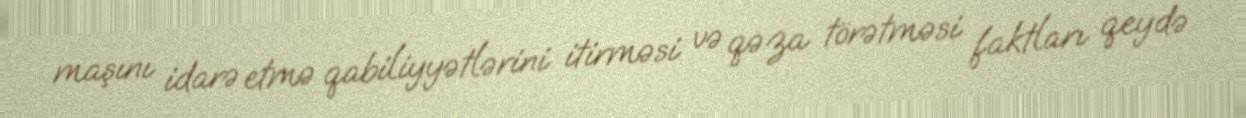
maşını idarə etmə qabiliyyətlərini itirməsi və qəza törətməsi faktları qeydə